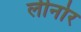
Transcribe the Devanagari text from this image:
लीनोर